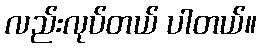
လည်းလုပ်တယ် ပါတယ်။